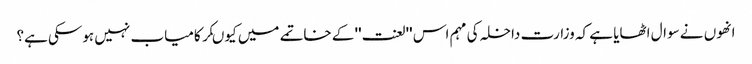
انھوں نے سوال اٹھایا ہے کہ وزارت داخلہ کی مہم اس ''لعنت'' کے خاتمے میں کیوںکر کامیاب نہیں ہوسکی ہے؟